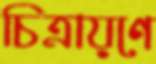
চিত্রায়ণে